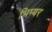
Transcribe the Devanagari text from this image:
भिम्बर